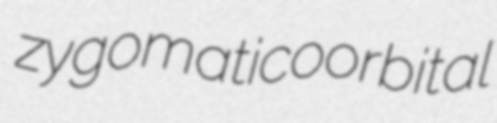
zygomaticoorbital